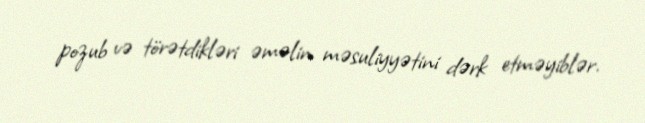
pozub və törətdikləri əməlin məsuliyyətini dərk etməyiblər.